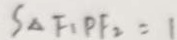
S _ { \Delta F _ { 1 } } P F _ { 2 } = 1